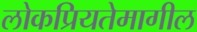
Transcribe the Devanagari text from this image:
लोकप्रियतेमागील